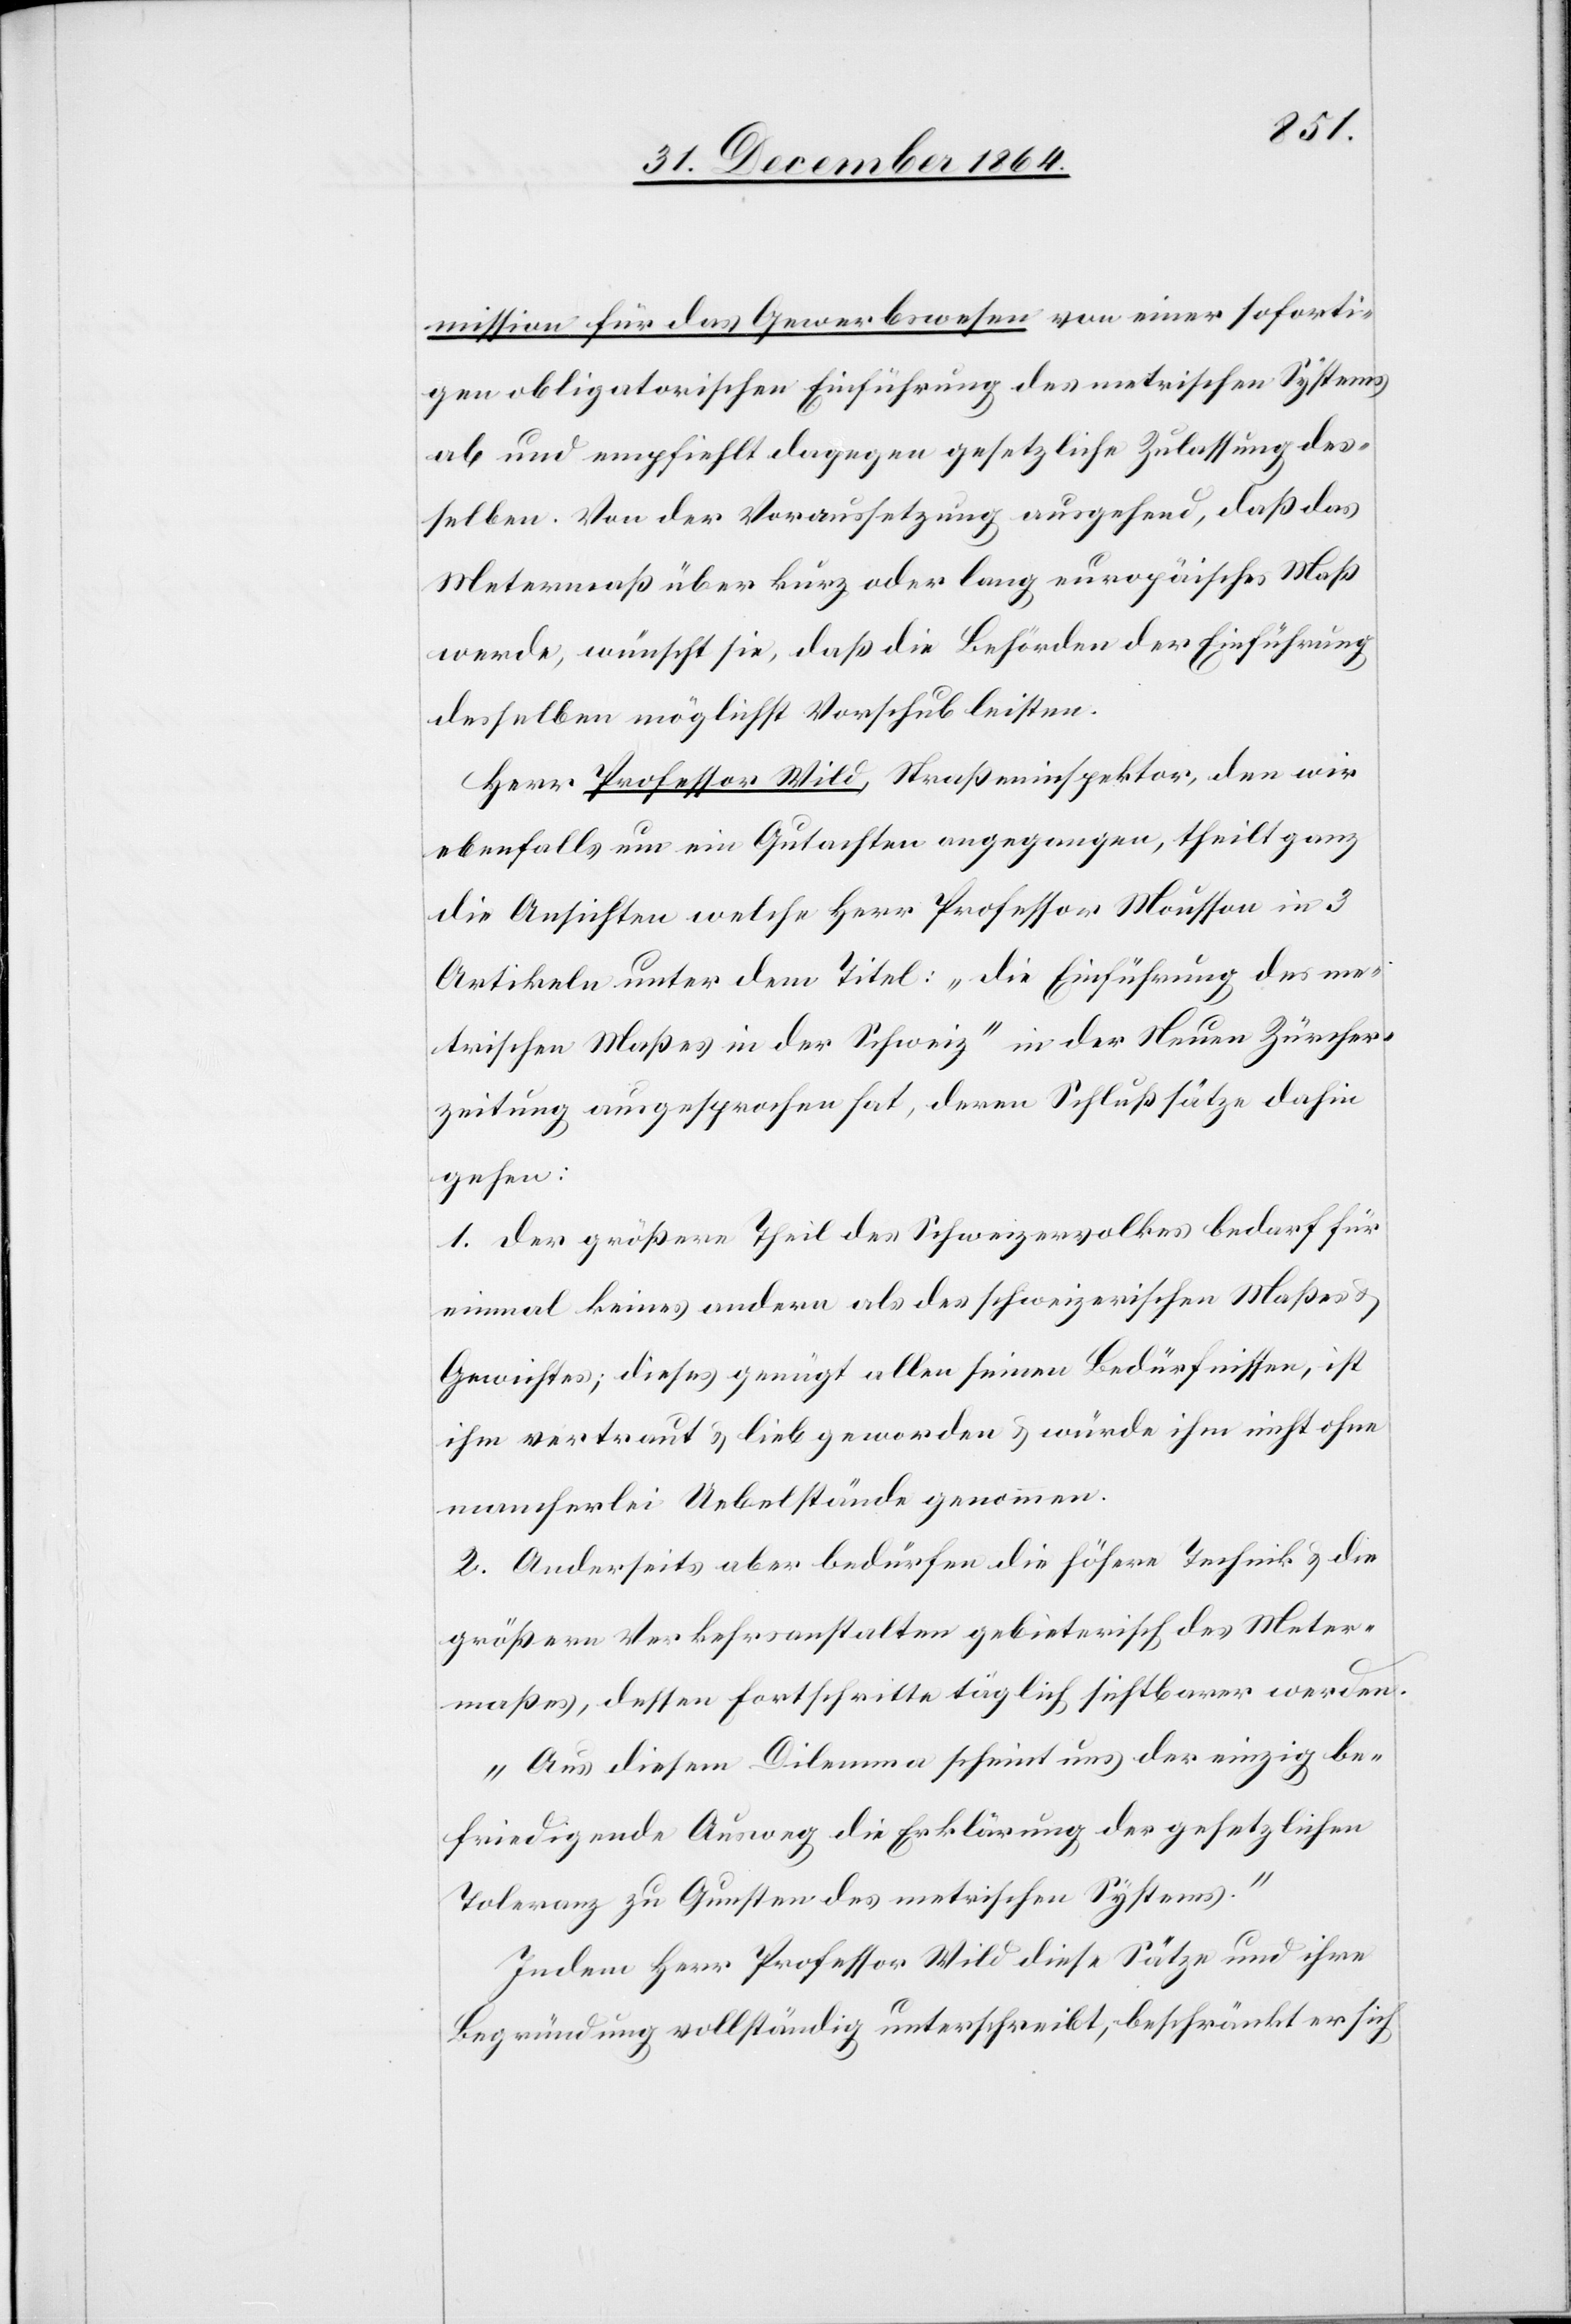
mission für das Gewerbswesen von einer soforti¬
gen obligatorischen Einführung des metrischen Systems
ab und empfiehlt dagegen gesetzliche Zulassung des¬
selben. Von der Voraussetzung ausgehend, daß das
Metermaß über kurz oder lang europäisches Maß
werde, wünscht sie, daß die Behörden der Einführung
desselben möglichst Vorschub leisten.
Herr Professor Wild, Straßeninspektor, den wir
ebenfalls um ein Gutachten angegangen, theilt ganz
die Ansichten welche Herr Professor Mousson in 3
Artikeln unter dem Titel: „die Einführung des me¬
trischen Maßes in der Schweiz“ in der Neuen Zürcher¬
zeitung ausgesprochen hat, deren Schlußsätze dahin
gehen:
1. Der größere Theil des Schweizervolkes bedarf für
einmal keines andern als des schweizerischen Maßes &
Gewichtes; dieses genügt allen seinen Bedürfnissen, ist
ihm vertraut & lieb geworden & würde ihm nicht ohne
mancherlei Uebelstände genommen.
2. Anderseits aber bedürfen die höhere Technik & die
größern Verkehrsanstalten gebieterisch des Meter¬
maßes, dessen Fortschritte täglich sichtbarer werden.
„Aus diesem Dilemma scheint uns der einzig be¬
friedigende Ausweg die Erklärung der gesetzlichen
Toleranz zu Gunsten des metrischen Systems.“
Indem Herr Professor Wild diese Sätze und ihre
Begründung vollständig unterschreibt, beschränkt er sich